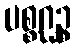
ပစ္စဂ္ဃဉ္စ